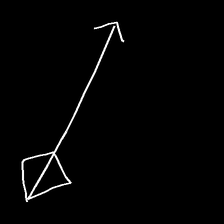
Glyph: focus